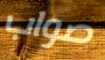
صواب